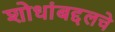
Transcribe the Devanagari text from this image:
शोधांबद्दलचे